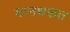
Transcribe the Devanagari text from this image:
मन्नथकत